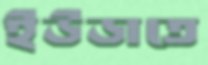
ইউডাতে